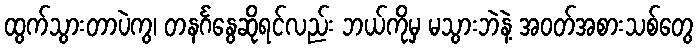
ထွက်သွားတာပဲကွ၊ တနင်္ဂနွေဆိုရင်လည်း ဘယ်ကိုမှ မသွားဘဲနဲ့ အဝတ်အစားသစ်တွေ